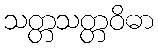
သတ္တသတ္တဝိဓာ